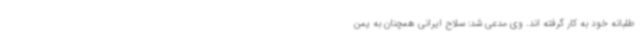
طلبانه خود به کار گرفته اند. وی مدعی شد: سلاح ایرانی همچنان به یمن